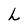
Character: h